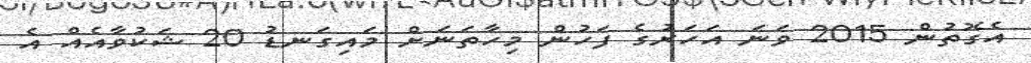
އެގޮތުން 2015 ވަނަ އަހަރުގެ ފަހުން މިހާތަނަށް މައިގަނޑު 20 ޝަކުވާއެއް އެ